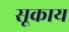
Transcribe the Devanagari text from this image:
सूकाय